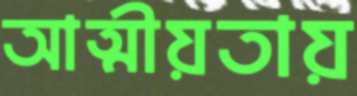
আত্মীয়তায়